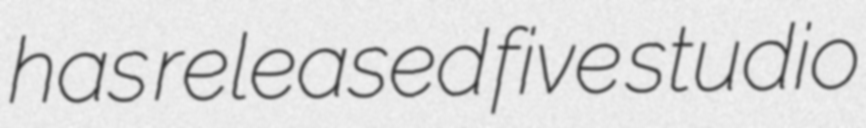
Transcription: has released five studio